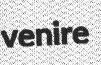
venire